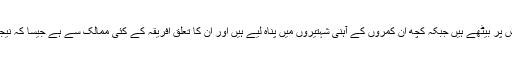
یہ مرد بیمار ہیں اور اکثریت فرش پر بیٹھے ہیں جبکہ کچھ ان کمروں کے آہنی شہتیروں میں پناہ لیے ہیں اور ان کا تعلق افریقہ کے کئی ممالک سے ہے جیسا کہ نیجر، اریٹریا، گیمبیا اور مصر ہیں۔